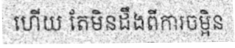
ហើយ តែមិនដឹងពីការចម្អិន